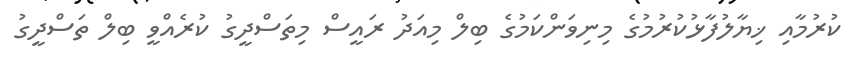
ކުރުމާއި ޚިޔާލުފާޅުކުރުމުގެ މިނިވަންކަމުގެ ބިލް މިއަދު ރައީސް މިތަސްދީގު ކުރެއްވީ ބިލް ތަސްދީގު